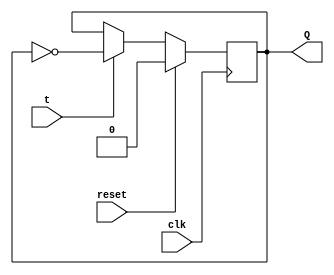
// This program was cloned from: https://github.com/Suni123456789/100DaysRTL
// License: Apache License 2.0

`timescale 1ns / 1ps

module T_flipflop(
    input t,clk,reset,
    output reg Q
    );
    always@(posedge clk)
          begin
            if(reset)
               Q <= 1'b0;
            else
                begin
                   if(t)
                    Q<= ~Q;
                   else
                    Q<= Q;                     
                end
          end
endmodule